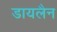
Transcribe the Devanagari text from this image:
डायलैन